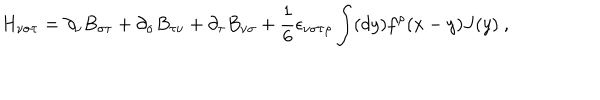
H _ { \nu \sigma \tau } = \partial _ { \nu } B _ { \sigma \tau } + \partial _ { \sigma } B _ { \tau \nu } + \partial _ { \tau } B _ { \nu \sigma } + \frac { 1 } { 6 } \epsilon _ { \nu \sigma \tau \rho } \int ( d y ) f ^ { \rho } ( x - y ) J ( y ) \ ,